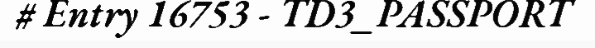
# Entry 16753 - TD3_PASSPORT